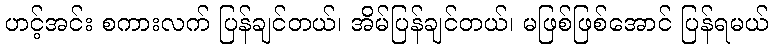
ဟင့်အင်း စကားလက် ပြန်ချင်တယ်၊ အိမ်ပြန်ချင်တယ်၊ မဖြစ်ဖြစ်အောင် ပြန်ရမယ်